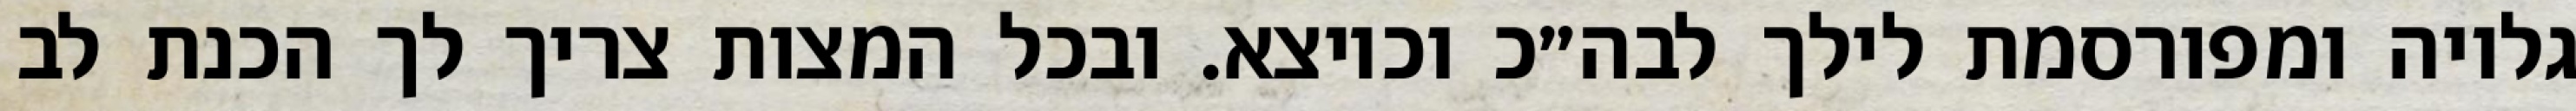
גלויה ומפורסמת לילך לבה״כ וכיוצא. ובכל המצות צריך לך הכנת לב